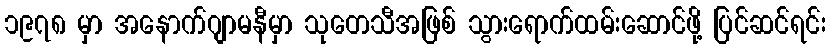
၁၉၇၈ မှာ အနောက်ဂျာမနီမှာ သုတေသီအဖြစ် သွားရောက်ထမ်းဆောင်ဖို့ ပြင်ဆင်ရင်း